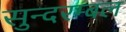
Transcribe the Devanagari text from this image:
सुन्दरम्बल